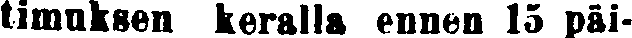
timuksen keralla ennen 15 päi-